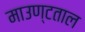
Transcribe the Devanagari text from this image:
माउण्टताल